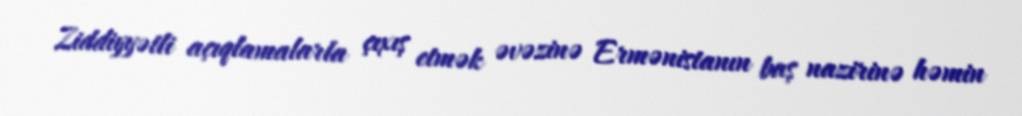
Ziddiyyətli açıqlamalarla çıxış etmək əvəzinə Ermənistanın baş nazirinə həmin